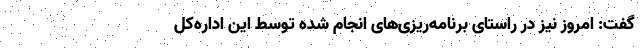
گفت: امروز نیز در راستای برنامه‌ریزی‌های انجام شده توسط این اداره‌کل